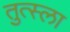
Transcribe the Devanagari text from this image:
तुत्स्ला